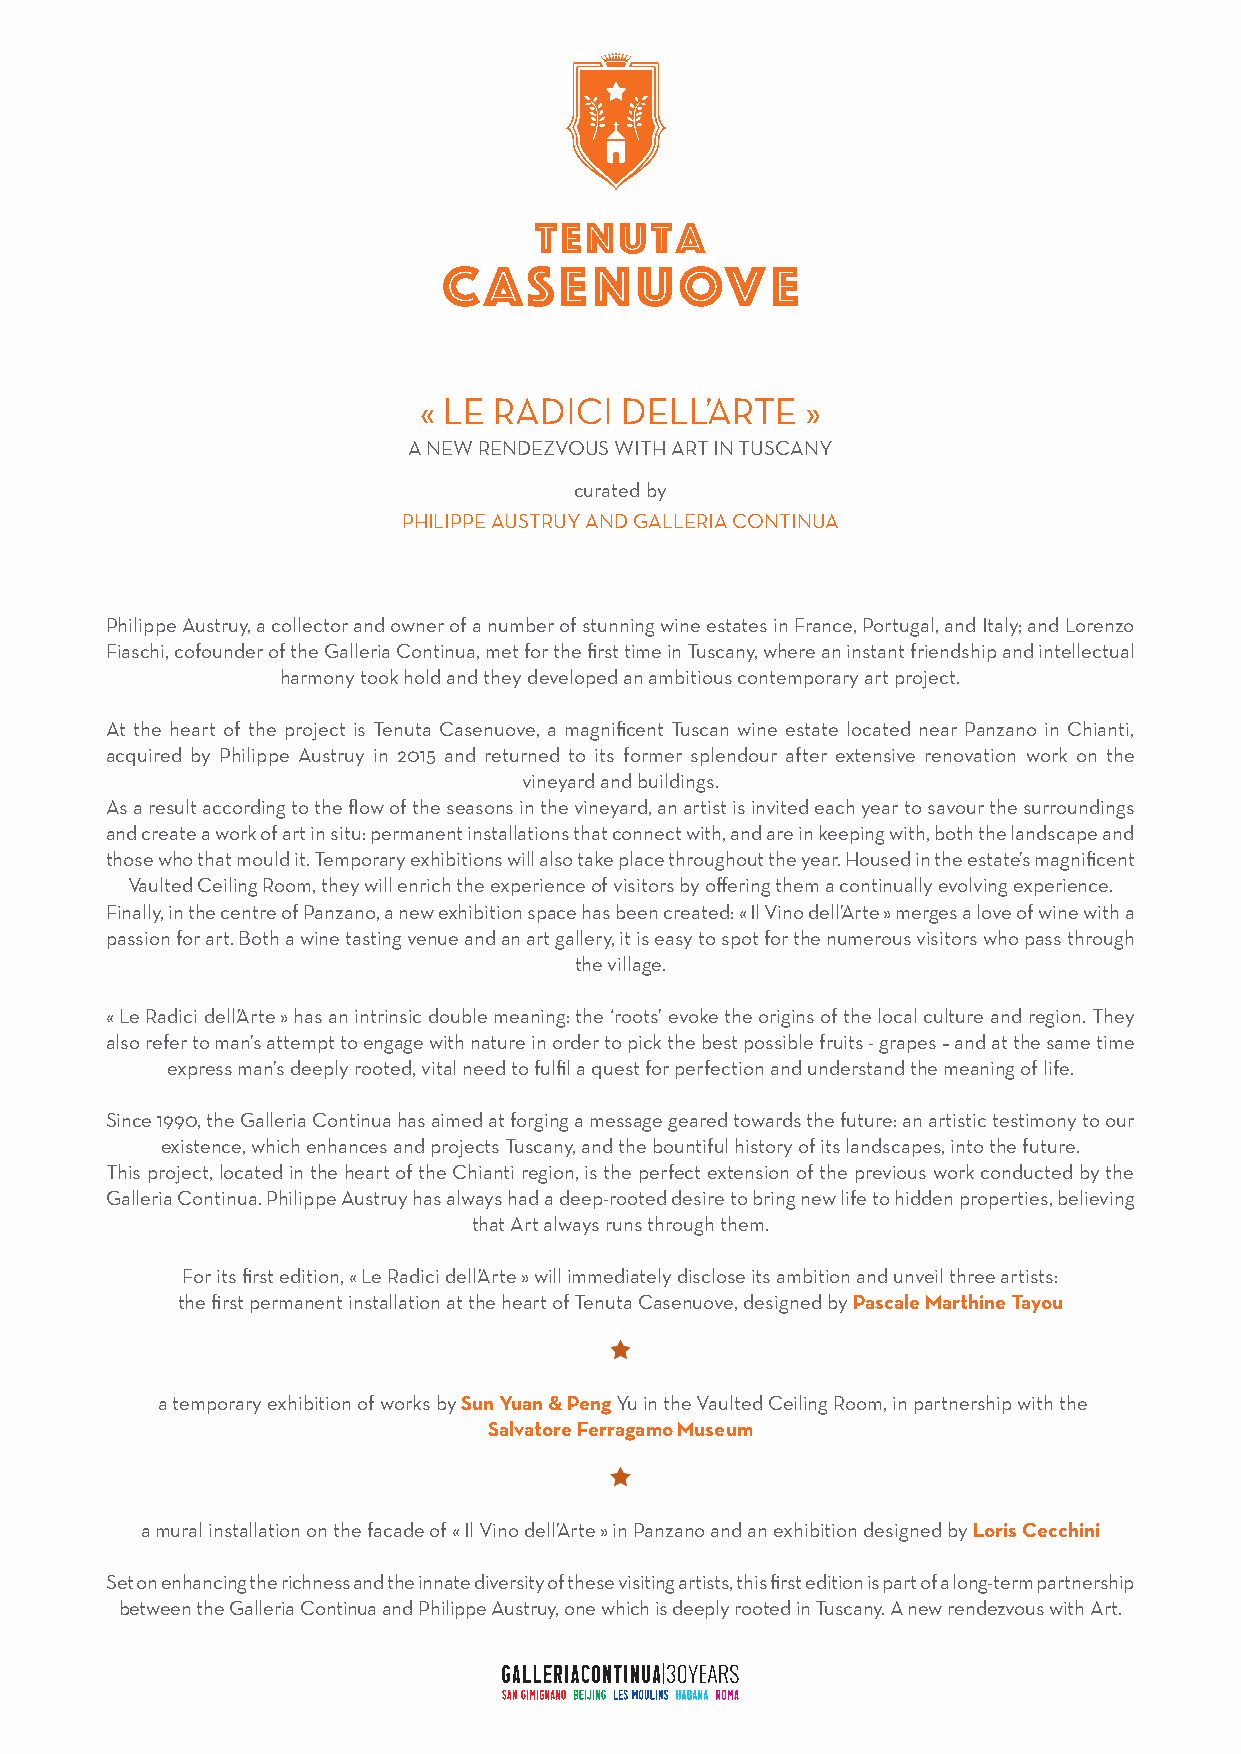
« LE RADICI  DELL’ARTE   »
 A NEW RENDEZVOUS WITH ART IN TUSCANY
 curated by
 PHILIPPE AUSTRUY AND GALLERIA CONTINUA
 Philippe Austruy, a collector and owner of a number of stunning wine estates in France, Portugal, and Italy; and Lorenzo
 Fiaschi, cofounder of the Galleria Continua, met for the first time in Tuscany, where an instant friendship and intellectual
 harmony took hold and they developed an ambitious contemporary art project.
 At the heart of the project is Tenuta Casenuove, a magnificent Tuscan wine estate located near Panzano in Chianti,
 acquired by Philippe Austruy in 2015 and returned to its former splendour after extensive renovation work on the
 vineyard and buildings.
 As a result according to the flow of the seasons in the vineyard, an artist is invited each year to savour the surroundings
 and create a work of art in situ: permanent installations that connect with, and are in keeping with, both the landscape and
 those who that mould it. Temporary exhibitions will also take place throughout the year. Housed in the estate’s magnificent
 Vaulted Ceiling Room, they will enrich the experience of visitors by offering them a continually evolving experience.
 Finally, in the centre of Panzano, a new exhibition space has been created: « Il Vino dell’Arte » merges a love of wine with a
 passion for art. Both a wine tasting venue and an art gallery, it is easy to spot for the numerous visitors who pass through
 the village.
 « Le Radici dell’Arte » has an intrinsic double meaning: the ‘roots’ evoke the origins of the local culture and region. They
 also refer to man’s attempt to engage with nature in order to pick the best possible fruits - grapes – and at the same time
 express man’s deeply rooted, vital need to fulfil a quest for perfection and understand the meaning of life.
 Since 1990, the Galleria Continua has aimed at forging a message geared towards the future: an artistic testimony to our
 existence, which enhances and projects Tuscany, and the bountiful history of its landscapes, into the future.
 This project, located in the heart of the Chianti region, is the perfect extension of the previous work conducted by the
 Galleria Continua. Philippe Austruy has always had a deep-rooted desire to bring new life to hidden properties, believing
 that Art always runs through them.
 For its first edition, « Le Radici dell’Arte » will immediately disclose its ambition and unveil three artists:
 the first permanent installation at the heart of Tenuta Casenuove, designed by Pascale Marthine Tayou
 a temporary exhibition of works by Sun Yuan & Peng Yu in the Vaulted Ceiling Room, in partnership with the
 Salvatore Ferragamo Museum
 a mural installation on the facade of « Il Vino dell’Arte » in Panzano and an exhibition designed by Loris Cecchini
 Set on enhancing the richness and the innate diversity of these visiting artists, this first edition is part of a long-term partnership
 between the Galleria Continua and Philippe Austruy, one which is deeply rooted in Tuscany. A new rendezvous with Art.